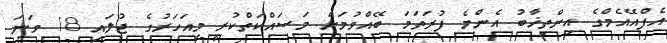
އެފްއޭއެމްގެ އިންތިޚާބު އެންމެ ފުރަތަމަ ބޭއްވުމަށް މަސައްކަތްކުރީ މިއަހަރުގެ ޖުލައި 18 ވަނަ